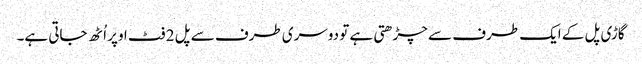
گاڑی پل کے ایک طرف سے چڑھتی ہے تو دوسری طرف سے پل 2 فٹ اوپر اُٹھ جاتی ہے۔